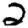
Digit: 2